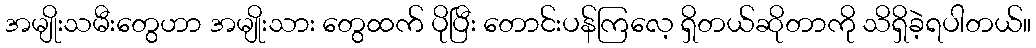
အမျိုးသမီးတွေဟာ အမျိုးသား တွေထက် ပိုပြီး တောင်းပန်ကြလေ့ ရှိတယ်ဆိုတာကို သိရှိခဲ့ရပါတယ်။